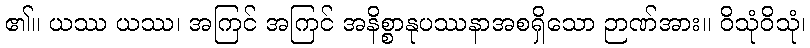
၏။ ယဿ ယဿ၊ အကြင် အကြင် အနိစ္စာနုပဿနာအစရှိသော ဉာဏ်အား။ ဝိသုံဝိသုံ၊